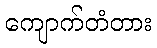
ကျောက်တံတား